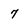
Character: 7